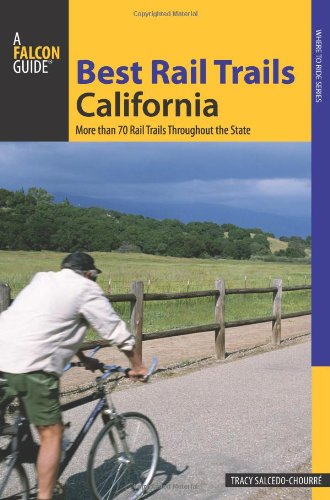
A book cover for Best Rail Trails California: More Than 70 Rail Trails Throughout The State (Best Rail Trails Series); Tracy Salcedo-ChourrÃ©; Travel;